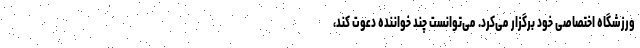
ورزشگاه اختصاصی خود برگزار می‌کرد. می‌توانست چند خواننده دعوت کند،